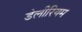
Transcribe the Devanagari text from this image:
डेलीरियम